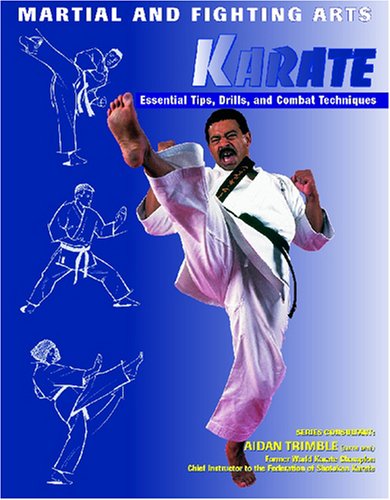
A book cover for Karate (Martial and Fighting Arts); Nathan Johnson; Teen & Young Adult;